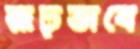
রূঢ়ভাবে